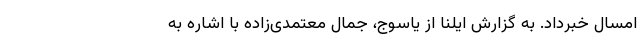
امسال خبرداد. به گزارش ایلنا از یاسوج، جمال معتمدی‌زاده با اشاره به